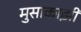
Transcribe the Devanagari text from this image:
मुसाकाझी